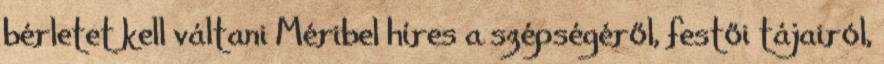
bérletet kell váltani Méribel híres a szépségéről, festői tájairól,